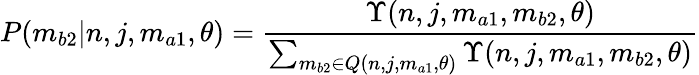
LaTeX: P(m_{b2}|n,j,m_{a1},\theta)=\frac{\Upsilon(n,j,m_{a1},m_{b2},\theta)}{\sum_{m_{b2}\in Q(n,j,m_{a1},\theta)}\Upsilon(n,j,m_{a1},m_{b2},\theta)}